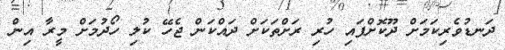
ދަނޑުވެރިކަމަށް ދޫކޮށްފައި ހުރި ރަށްތަކަށް ދައްކަން ޖެހޭ ކުލި ހޯދުމަށް މީރާ އިން